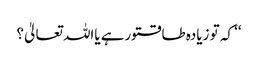
‘‘ کہ تو زیادہ طاقتورہے یااللہ تعالیٰ؟